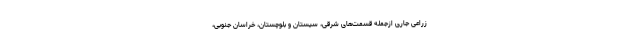
زراعی جاری ازجمله قسمت‌های شرقی، سیستان و بلوچستان، خراسان جنوبی،